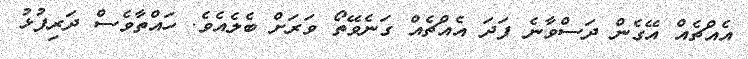
އެއްޗެއް އޭގެން ދަސްވާނެ ފަދަ އެއްޗެއް ގަނެވޭތޯ ވަރަށް ބެލެއެވެ. ހައްތާވެސް ދަރިފުޅު